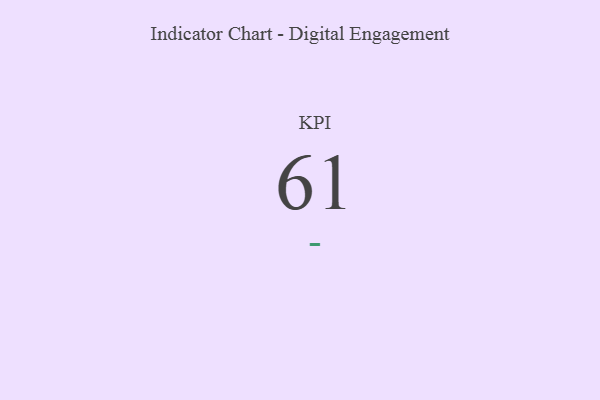
{"axis": {"x": "KPI", "y": "Value"}, "legend": [""], "data": [{"x": "KPI", "y": 61, "type": ""}]}